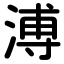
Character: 溥